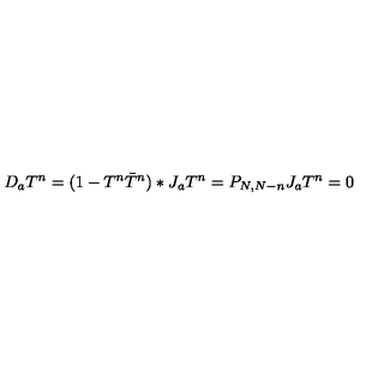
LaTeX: D _ { a } T ^ { n } = ( 1 - T ^ { n } \bar { T } ^ { n } ) * J _ { a } T ^ { n } = P _ { N , N - n } J _ { a } T ^ { n } = 0